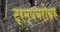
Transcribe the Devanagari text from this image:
ट्रम्पबरोबर